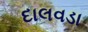
દાલવડા